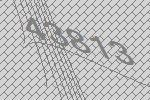
43813